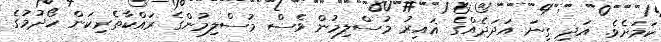
ކަމަށެވެ. އަދި ގިނަ އަދަދެއްގެ ޣައިރު މުސްލިމުން ވެސް މުސްލިމުންގެ ރައްކާތެރިކަން ހޯދުމުގެ